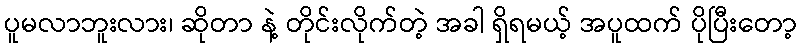
ပူမလာဘူးလား၊ ဆိုတာ နဲ့ တိုင်းလိုက်တဲ့ အခါ ရှိရမယ့် အပူထက် ပိုပြီးတော့